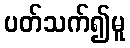
ပတ်သက်၍မူ